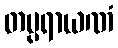
တပ္ပရာယဏံ